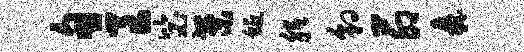
甸良毖案蜒胝豹茆纛